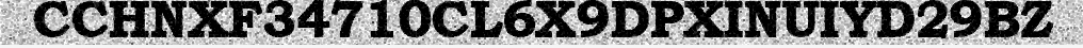
CCHNXF34710CL6X9DPXINUIYD29BZ